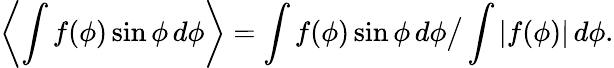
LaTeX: \left\langle\int f(\phi)\sin\phi\, d\phi\right\rangle=\int f(\phi)\sin\phi\, d\phi\big/\int|f(\phi)|\, d\phi.